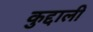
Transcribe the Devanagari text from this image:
कुद्दाली